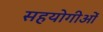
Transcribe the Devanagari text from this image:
सहयोगीओं